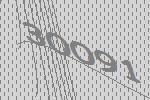
30091